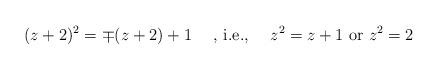
LaTeX: \begin{align*} (z+2)^2 = \mp (z+2) + 1 \textrm{ \ \ \ , i.e., \ \ \ } z^2 = z + 1 \textrm{ or } z^2 = 2 \end{align*}